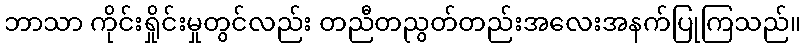
ဘာသာ ကိုင်းရှိုင်းမှုတွင်လည်း တညီတညွတ်တည်းအလေးအနက်ပြုကြသည်။